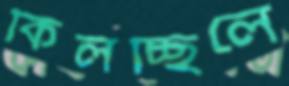
কিলচ্ছিলে